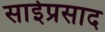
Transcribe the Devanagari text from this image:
साईप्रसाद